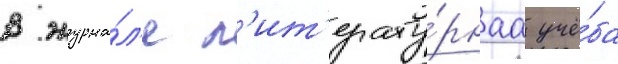
В журна́л'е л'ит'ерату́рнаа учё́ба